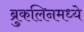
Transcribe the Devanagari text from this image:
ब्रुकलिनमध्ये